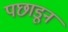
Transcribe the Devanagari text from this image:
पछाडून